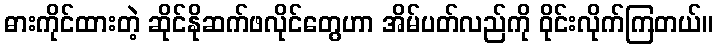
ဓားကိုင်ထားတဲ့ ဆိုင်နိုဆက်ဖလိုင်တွေဟာ အိမ်ပတ်လည်ကို ဝိုင်းလိုက်ကြတယ်။